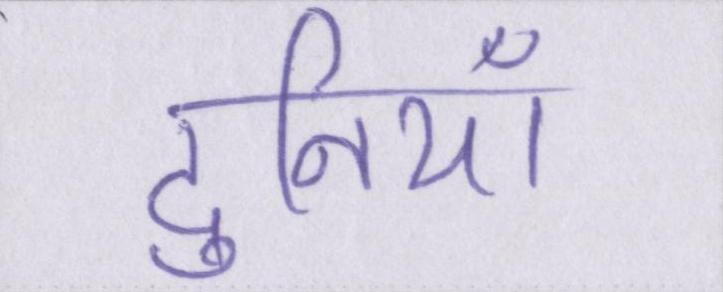
दुनियाँ